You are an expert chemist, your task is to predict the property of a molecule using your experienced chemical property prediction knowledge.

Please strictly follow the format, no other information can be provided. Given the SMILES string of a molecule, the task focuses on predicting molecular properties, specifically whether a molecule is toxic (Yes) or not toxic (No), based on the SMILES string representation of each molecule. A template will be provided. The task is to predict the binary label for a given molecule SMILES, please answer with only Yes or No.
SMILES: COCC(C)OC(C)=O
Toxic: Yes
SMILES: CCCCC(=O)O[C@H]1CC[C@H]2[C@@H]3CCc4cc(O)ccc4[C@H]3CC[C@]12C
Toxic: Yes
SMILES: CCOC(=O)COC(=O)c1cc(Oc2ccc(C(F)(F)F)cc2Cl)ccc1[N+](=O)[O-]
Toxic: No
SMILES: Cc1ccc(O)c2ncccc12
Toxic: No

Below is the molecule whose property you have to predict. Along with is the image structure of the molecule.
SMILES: CN1CCc2cccc3c2[C@H]1Cc1ccc(O)c(O)c1-3.CN1CCc2cccc3c2[C@H]1Cc1ccc(O)c(O)c1-3
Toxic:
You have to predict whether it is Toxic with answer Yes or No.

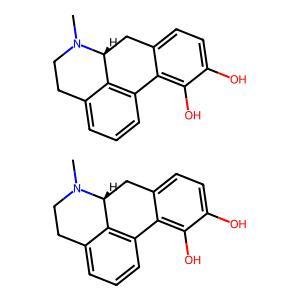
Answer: No